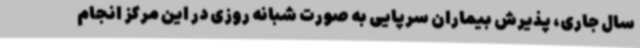
سال جاری، پذیرش بیماران سرپایی به صورت شبانه روزی در این مرکز انجام